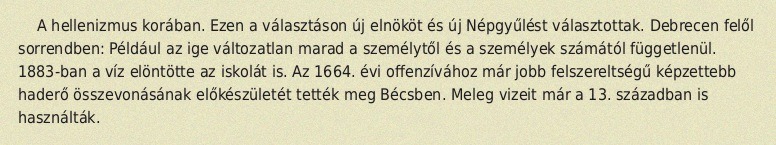
A hellenizmus korában. Ezen a választáson új elnököt és új Népgyűlést választottak. Debrecen felől sorrendben: Például az ige változatlan marad a személytől és a személyek számától függetlenül. 1883-ban a víz elöntötte az iskolát is. Az 1664. évi offenzívához már jobb felszereltségű képzettebb haderő összevonásának előkészületét tették meg Bécsben. Meleg vizeit már a 13. században is használták.